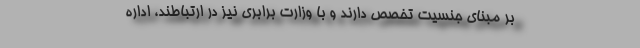
بر مبنای جنسیت تخصص دارند و با وزارت برابری نیز در ارتباطند، اداره